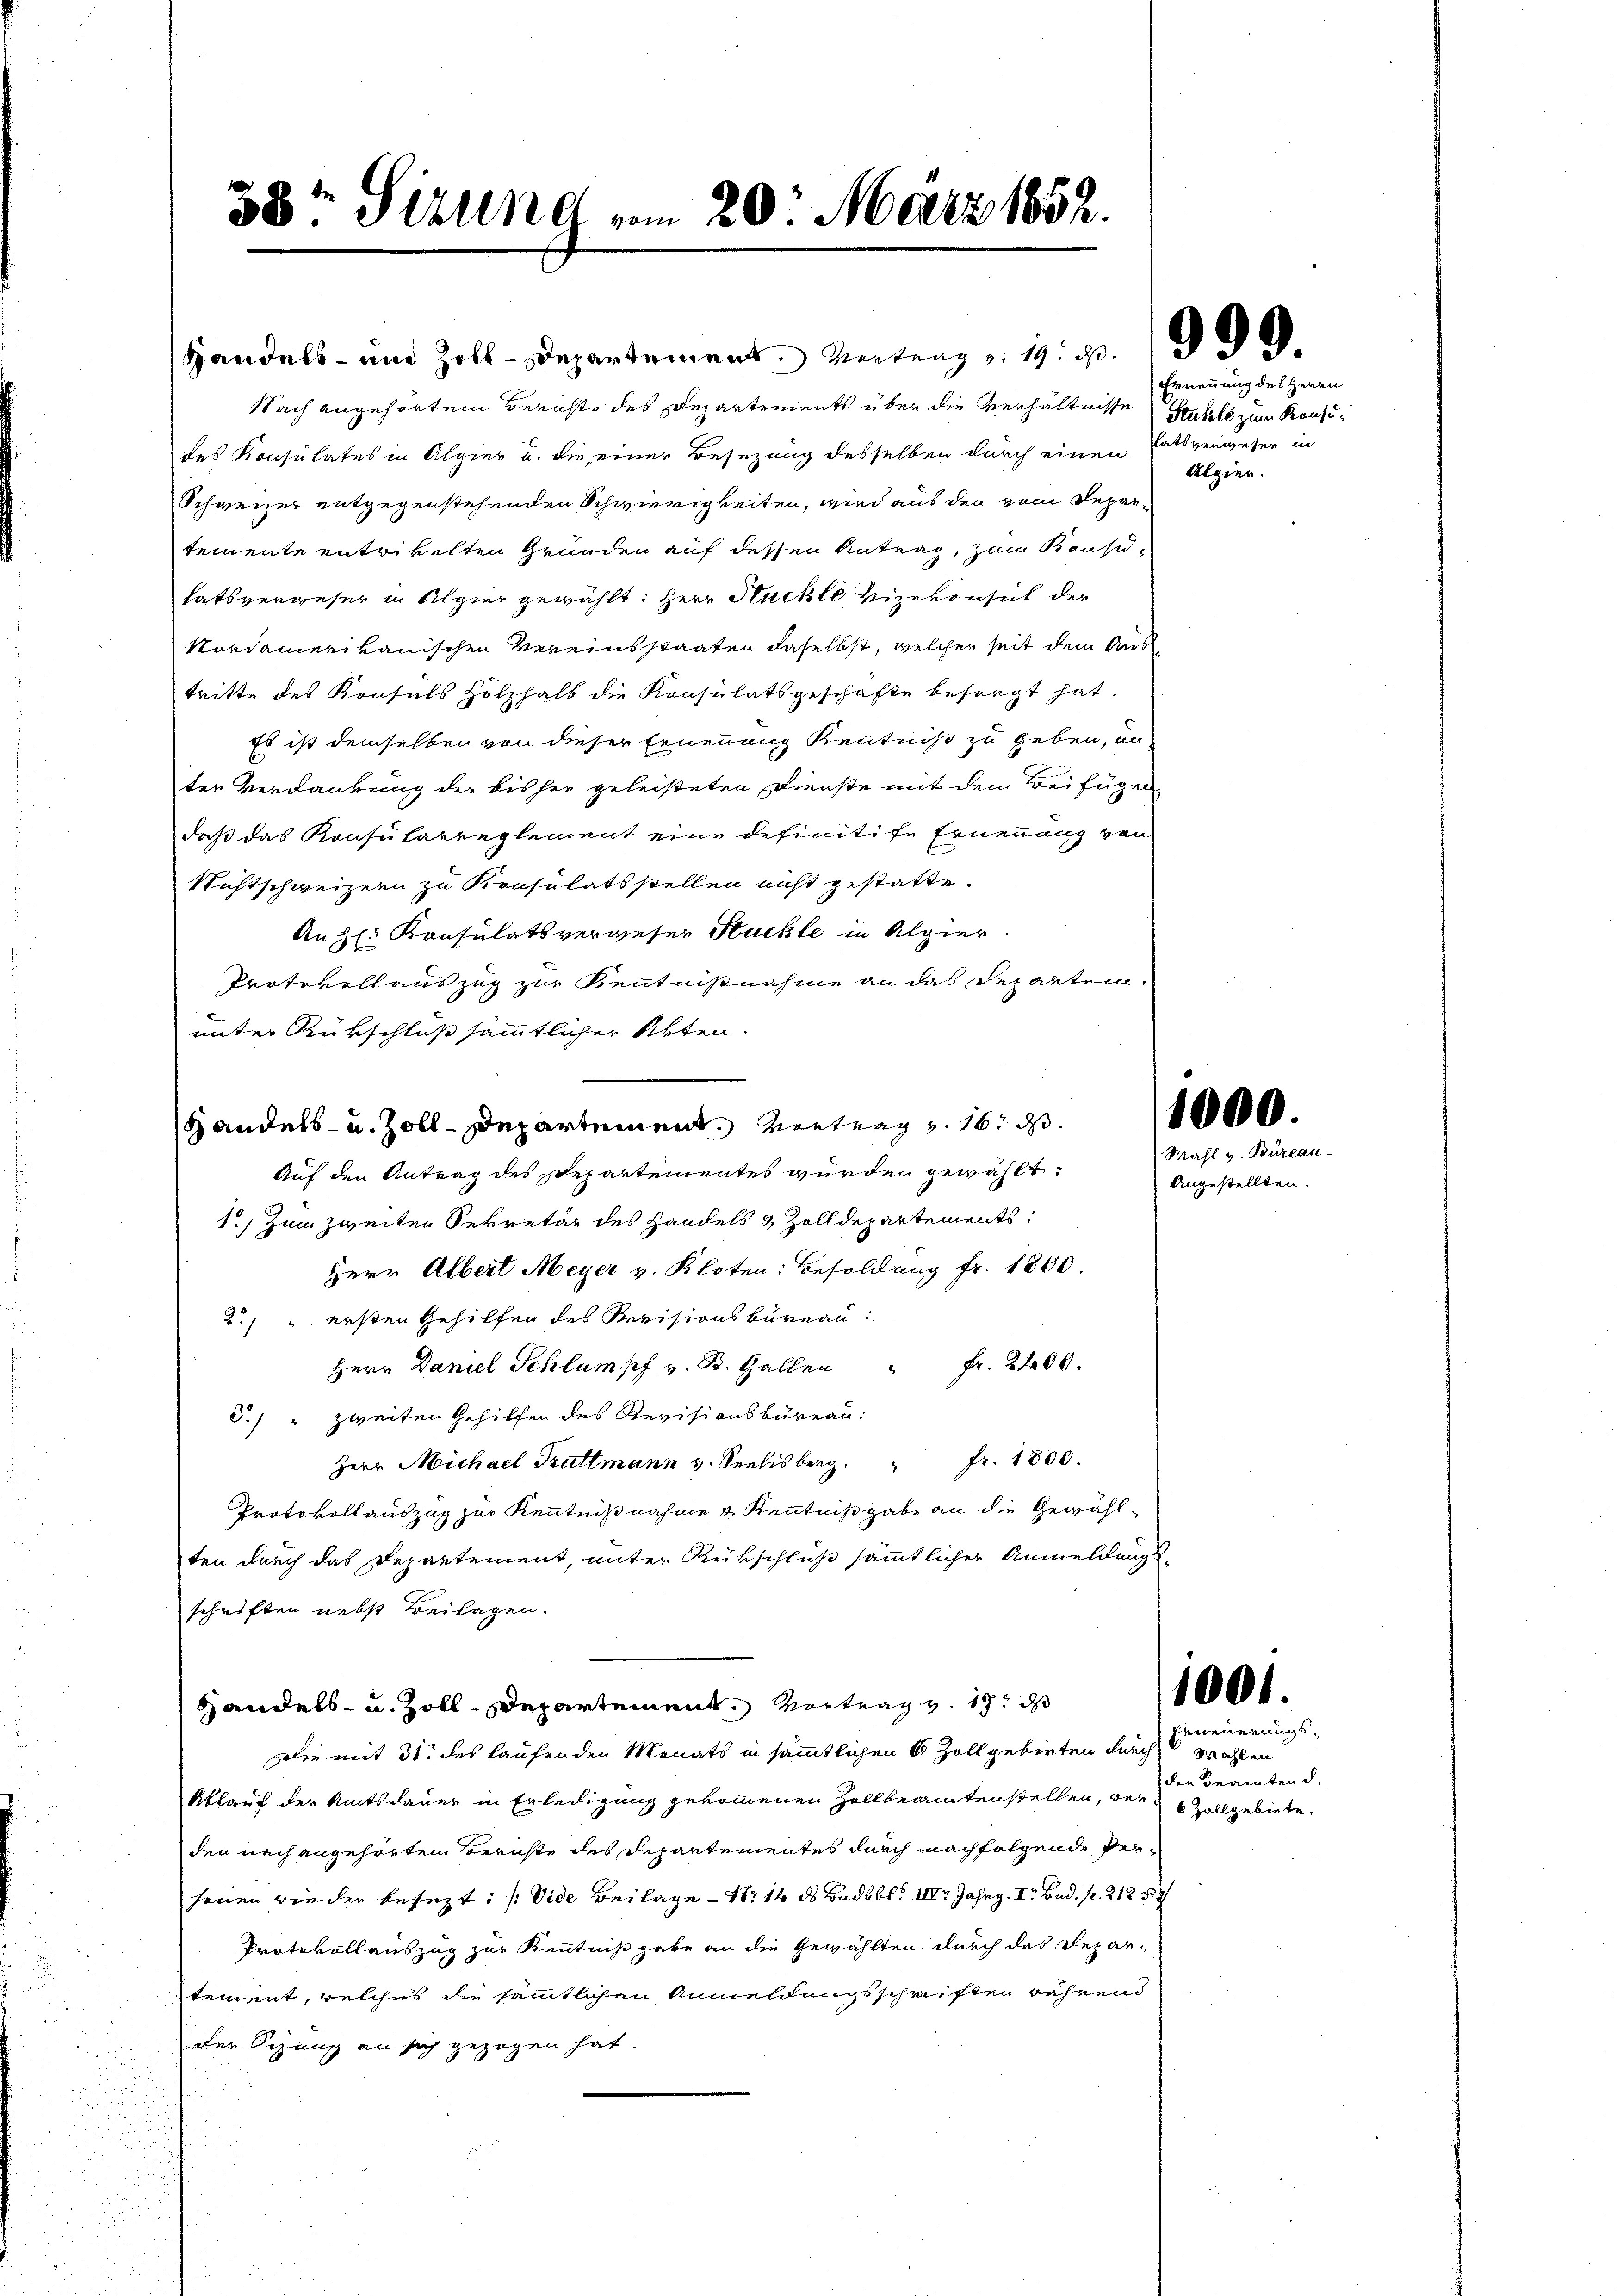
Handels- und Zoll-Departement. Vertrag v. 19. d. 1999.
Nach angehörtem Berichte des Departements über die Verhältnisse Stuhle zum Konsudes Konsulates in Alpier u. die einer Besezung desselben durch einen Ratsverweser in
Schweizer entgegenstehenden Schwierigkeiten, wird aus den vom Departemente entrikelten Gründen auf dessen Antrag, zum Konsid-
tätsverweser in Algier gewählt: Herr Huckte Vizekonsul der
Nordamerikanischen Vereinsstaaten daselbst, welcher seit dem Austritte des Konsuls Holzhalb die Konsulatsgeschäfte besorgt hat.
Es ist demselben von dieser Ernennung Kenntniß zu geben, an
ter Verdankung der bisher geleisteten Dienste mit dem Beifügen
daß das Konsularreglement eine definitive Ernennung von
Nichtschweizern zu Konsulatsstellen nicht gestatte.
An Hl. Konsulatsvergeser Stuckte in Algier
Protokoll auszug zur Kenntnißnahme an das Departen.
unter Rükschluß sämmtlicher Akten.
Auf den Antrag des Departementes wurden gewählt:
1) Zum zweiten Sekretär des Handels & Zolldepartements
Herr Albert Meyer v. Kloten: Besoldung fr. 1800.
2) " ersten Gehilfen des Revisionsbureau
Herr Daniel Schlumpf v. B. Gallen " fr. 2200.
S.) " zweiten Gehilfen des Revisionsbureau:
Herr Michael Truttmann v. Seelis berg Fr. 1800.
Protokollauszug zur Kenntnißnahme & Kenntnißgabe an die Gewählten durch das Departement, unter Rükschluß sämmtlicher Anmeldungs-
schriften nebst Beilagen.
Handels- u. Zoll-Departement. Vortrag v. 18. ds
Die mit 31 des laufenden Monats in sämmtlichen 6 Zoll gebieten durch Wahlen
Ablauf der Amtsdauer in Erledigung gekommenen Zollbeamtenstellen, der 6 Zollgebiete.
den nach angehörtem Berichte des Departementes durch nachfolgende Perseien wieder besezt: (Vide Beilage - Nr 16 ds Badbbl. III Jahrg. I. Bad. pr. 2125
Protokollauszug zur Kenntnißgabe an die Gewählten, durch das Depar-
tement, welches die sämmtlichen Anmeldungsschriften während
der Sitzung an sich gezogen hat.

38t Sirung vom 20. März 1852.

Handels- u. Zoll-Departement. Vortrag v. 16. d.

Ernennung des Herrn
Algier.

1000.
Wahl v. Büreau

Angestellten.

1001.
Erneuerungs¬

den Beamten d.